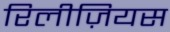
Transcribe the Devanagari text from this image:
रिलीज़ियस